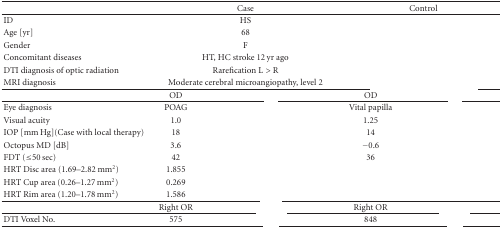
<table><thead><tr><td>[EMPTY_CELL]</td><td colspan="2"><b>Case</b></td><td colspan="2"><b>Control</b></td></tr></thead><tbody><tr><td>ID</td><td colspan="2">HS</td><td colspan="2">[EMPTY_CELL]</td></tr><tr><td>Age [yr]</td><td colspan="2">68</td><td colspan="2">[EMPTY_CELL]</td></tr><tr><td>Gender</td><td colspan="2">F</td><td colspan="2">[EMPTY_CELL]</td></tr><tr><td>Concomitant diseases</td><td colspan="2">HT, HC stroke 12 yr ago</td><td colspan="2">[EMPTY_CELL]</td></tr><tr><td>DTI diagnosis of optic radiation</td><td colspan="2">Rarefication L &gt; R</td><td colspan="2">[EMPTY_CELL]</td></tr><tr><td>MRI diagnosis</td><td colspan="2">Moderate cerebral microangiopathy, level 2</td><td colspan="2">[EMPTY_CELL]</td></tr><tr><td>[EMPTY_CELL]</td><td>OD</td><td>[EMPTY_CELL]</td><td>OD</td><td>[EMPTY_CELL]</td></tr><tr><td>Eye diagnosis</td><td>POAG</td><td>[EMPTY_CELL]</td><td>Vital papilla</td><td>[EMPTY_CELL]</td></tr><tr><td>Visual acuity</td><td>1.0</td><td>[EMPTY_CELL]</td><td>1.25</td><td>[EMPTY_CELL]</td></tr><tr><td>IOP [mm Hg](Case with local therapy)</td><td>18</td><td>[EMPTY_CELL]</td><td>14</td><td>[EMPTY_CELL]</td></tr><tr><td>Octopus MD [dB]</td><td>3.6</td><td>[EMPTY_CELL]</td><td>−0.6</td><td>[EMPTY_CELL]</td></tr><tr><td>FDT (≤50 sec)</td><td>42</td><td>[EMPTY_CELL]</td><td>36</td><td>[EMPTY_CELL]</td></tr><tr><td>HRT Disc area (1.69–2.82 mm<sup>2</sup>)</td><td>1.855</td><td>[EMPTY_CELL]</td><td>[EMPTY_CELL]</td><td>[EMPTY_CELL]</td></tr><tr><td>HRT Cup area (0.26–1.27 mm<sup>2</sup>)</td><td>0.269</td><td>[EMPTY_CELL]</td><td>[EMPTY_CELL]</td><td>[EMPTY_CELL]</td></tr><tr><td>HRT Rim area (1.20–1.78 mm<sup>2</sup>)</td><td>1.586</td><td>[EMPTY_CELL]</td><td>[EMPTY_CELL]</td><td>[EMPTY_CELL]</td></tr><tr><td>[EMPTY_CELL]</td><td>Right OR</td><td>[EMPTY_CELL]</td><td>Right OR</td><td>[EMPTY_CELL]</td></tr><tr><td>DTI Voxel No.</td><td>575</td><td>[EMPTY_CELL]</td><td>848</td><td>[EMPTY_CELL]</td></tr></tbody></table>